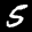
Label: 5